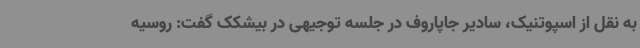
به نقل از اسپوتنیک، سادیر جاپاروف در جلسه توجیهی در بیشکک گفت: روسیه